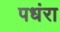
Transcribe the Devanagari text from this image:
पधंरा